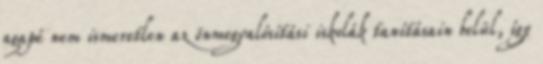
agapé nem ismeretlen az önmegvalósítási iskolák tanításain belül, így